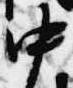
中